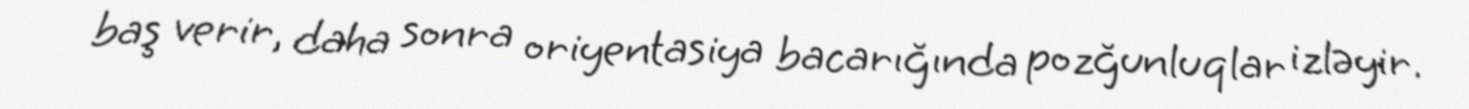
baş verir, daha sonra oriyentasiya bacarığında pozğunluqlar izləyir.